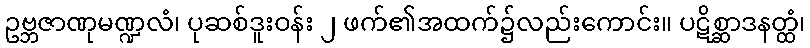
ဥဗ္ဘဇာဏုမဏ္ဍလံ၊ ပုဆစ်ဒူးဝန်း ၂ ဖက်၏အထက်၌လည်းကောင်း။ ပဋိစ္ဆာဒနတ္ထံ၊